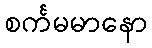
စင်္ကမမာနော